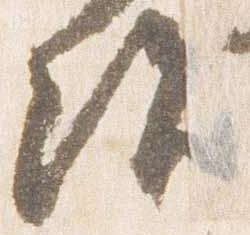
治